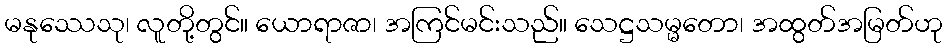
မနုဿေသု၊ လူတို့တွင်။ ယောရာဇာ၊ အကြင်မင်းသည်။ သေဋ္ဌသမ္မတော၊ အထွတ်အမြတ်ဟု